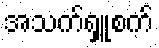
အသက်ရှူစက်